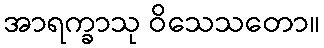
အာရက္ခာသု ဝိသေသတော။